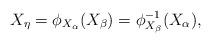
LaTeX: \begin{align*} X_{\eta}=\phi_{X_\alpha}(X_\beta)=\phi^{-1}_{X_\beta}(X_\alpha),\end{align*}